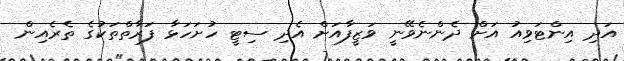
އަދި އިންޓަވިއު އަށް ދެންނެވޭނީ ވަޒީފާއަށް އެދި ސިޓީ ހުށަހަޅާ ފަރާތްތަކުގެ ތެރެއިން